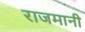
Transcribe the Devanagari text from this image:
राजमानी